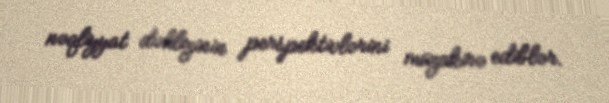
nəqliyyat dəhlizinin perspektivlərini müzakirə ediblər.